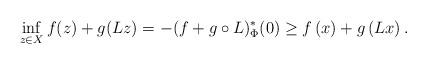
LaTeX: \begin{align*}\inf_{z\in X} f(z)+ g(Lz) = -(f+g\circ L)^*_\Phi (0) \geq f\left(x\right) + g\left(Lx\right).\end{align*}